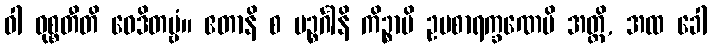
ဝါ ဝုစ္စတီတိ ဝေဒိတဗ္ဗံ။ ဧတာနိ စ ပဉ္စင်္ဂါနိ ကိဉ္စာပိ ဥပစာရက္ခဏေပိ အတ္ထိ, အထ ခေါ